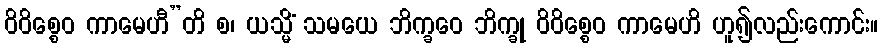
ဝိဝိစ္စေဝ ကာမေဟီ”တိ စ၊ ယသ္မိံ သမယေ ဘိက္ခဝေ ဘိက္ခု ဝိဝိစ္စေဝ ကာမေဟိ ဟူ၍လည်းကောင်း။